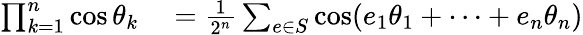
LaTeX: \begin{array}{rl}{\prod_{k=1}^{n}\cos\theta_{k}}&{{}={\frac{1}{2^{n}}}\sum_{e\in S}\cos(e_{1}\theta_{1}+\cdots+e_{n}\theta_{n})}\end{array}